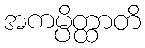
အကမ္ပိတ္ထာတိ